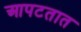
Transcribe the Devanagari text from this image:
आपटतात